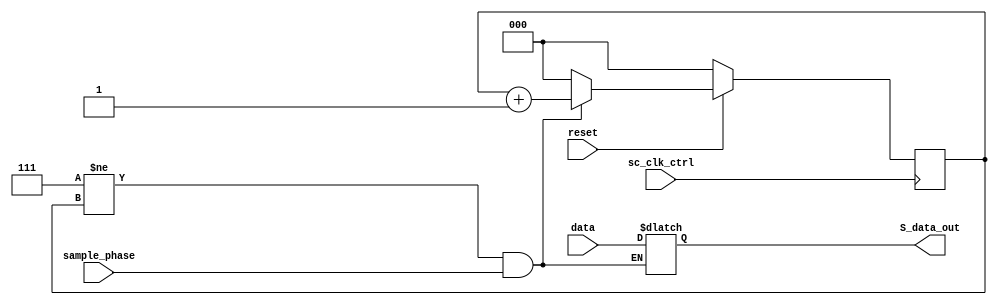
module sampling_mod (S_data_out, reset, sc_clk_ctrl, data, sample_phase);
	output reg S_data_out;
	input reset, sc_clk_ctrl, data, sample_phase;
	
	reg [2:0] n_count, p_count;
	
	always@(*)
	if(3'b111 != p_count & 1'b1 == sample_phase) begin
	n_count = p_count + 3'b001;
	S_data_out = S_data_out;
	end
	else begin
	n_count = 3'b000;
	S_data_out = data;
	end
	
	always@(negedge sc_clk_ctrl)
	if(reset)
	p_count <= n_count;
	else
	p_count <= 3'b000;
endmodule